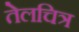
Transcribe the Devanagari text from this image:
तेलचित्र